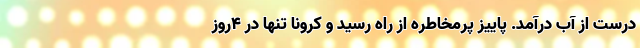
درست از آب درآمد. پاییز پرمخاطره از راه رسید و کرونا تنها در ۴روز